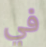
في